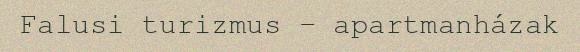
Falusi turizmus – apartmanházak